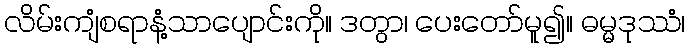
လိမ်းကျံစရာနံ့သာပျောင်းကို။ ဒတွာ၊ ပေးတော်မူ၍။ ဓမ္မဒုဿံ၊